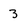
Character: 3